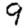
Digit: 9